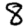
Digit: 8